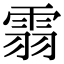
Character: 䨒